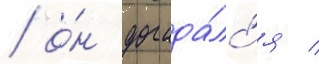
/ о́н догада́лс'я /